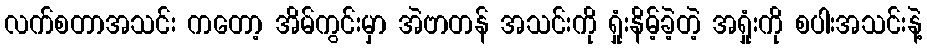
လက်စတာအသင်း ကတော့ အိမ်ကွင်းမှာ အဲဗာတန် အသင်းကို ရှုံးနိမ့်ခဲ့တဲ့ အရှုံးကို စပါးအသင်းနဲ့